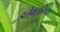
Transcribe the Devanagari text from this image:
इलेक्ट्रानिक्‍स